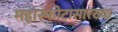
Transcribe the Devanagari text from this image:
महास्फोटासारख्या